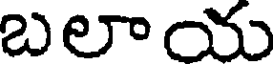
బలాయ